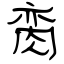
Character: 脔